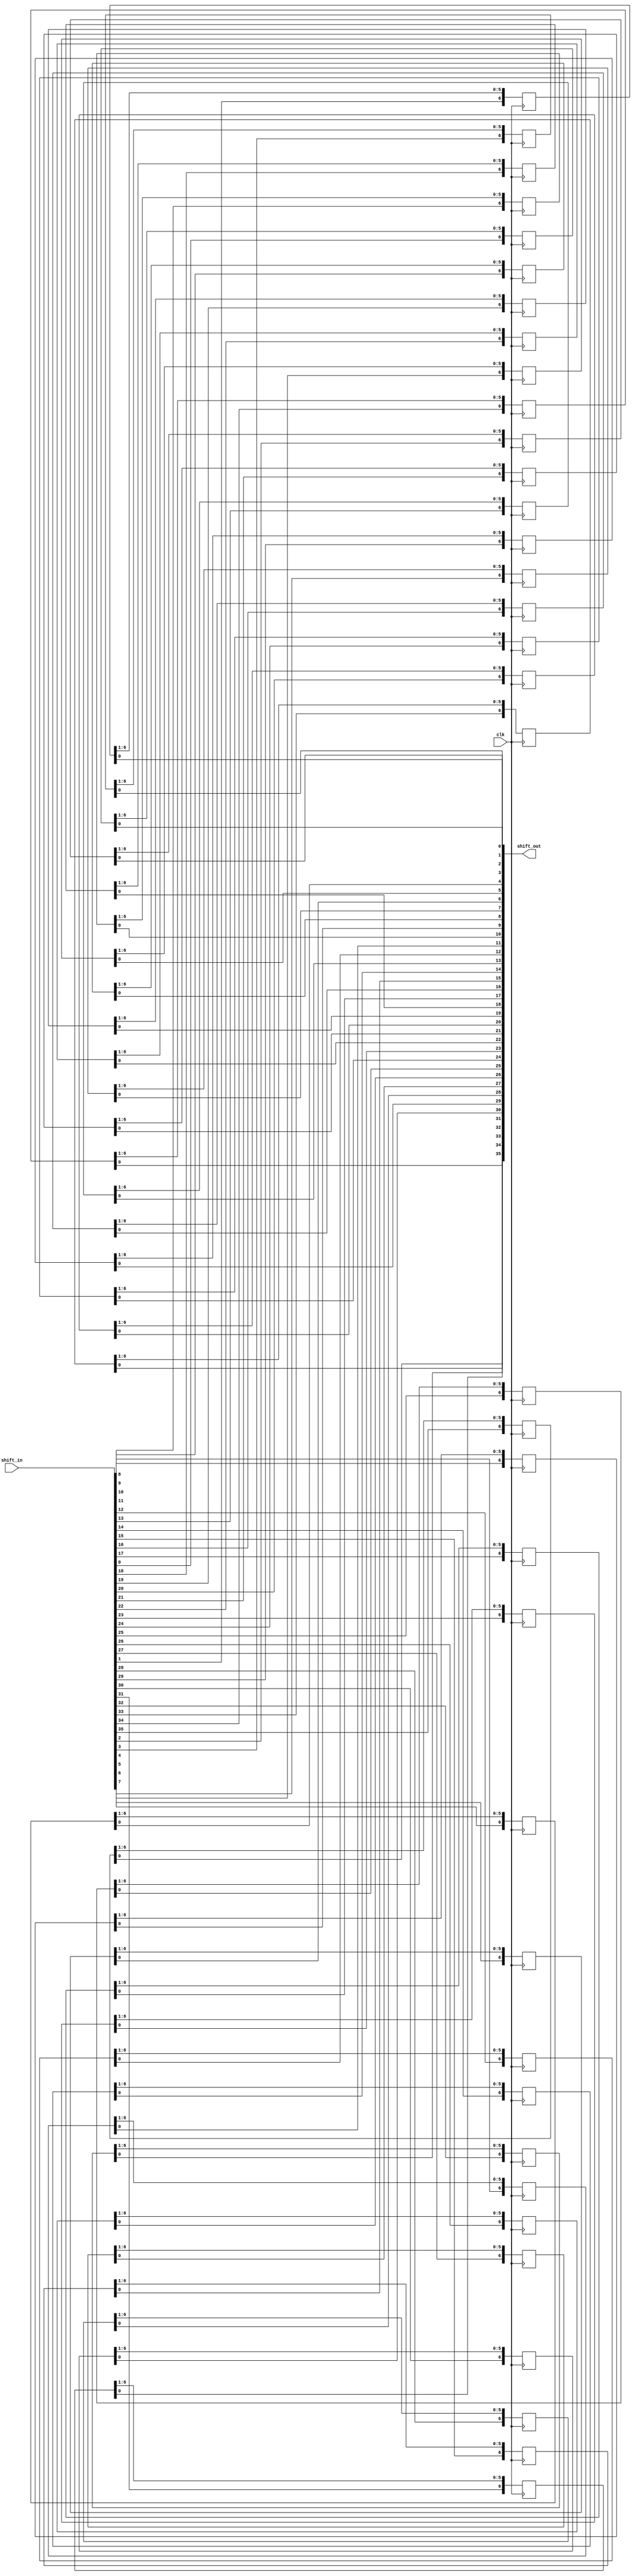
/*
Multibits Shift Register
2010-2011 sclai <laikos@yahoo.com>

This library is free software; you can redistribute it and/or modify it 
 under the terms of the GNU Lesser General Public License as published by 
 the Free Software Foundation; either version 2.1 of the License, 
 or (at your option) any later version.
 
 This library is distributed in the hope that it will be useful, but 
 WITHOUT ANY WARRANTY; without even the implied warranty of
 MERCHANTABILITY or FITNESS FOR A PARTICULAR PURPOSE. See the GNU
 Lesser General Public License for more details.
 
 You should have received a copy of the GNU Lesser General Public
 License along with this library; if not, write to the Free Software
 Foundation, Inc., 59 Temple Place, Suite 330, Boston, MA 02111-1307
 USA
*/
module ddr3_sr36 #(
parameter PIPE_LEN=7
)(
input wire        clk,
input wire [35:0] shift_in,
output wire [35:0]shift_out
);
//register to hold value
reg [PIPE_LEN-1:0] d0;
reg [PIPE_LEN-1:0] d1;
reg [PIPE_LEN-1:0] d2;
reg [PIPE_LEN-1:0] d3;
reg [PIPE_LEN-1:0] d4;
reg [PIPE_LEN-1:0] d5;
reg [PIPE_LEN-1:0] d6;
reg [PIPE_LEN-1:0] d7;
reg [PIPE_LEN-1:0] d8;
reg [PIPE_LEN-1:0] d9;
reg [PIPE_LEN-1:0] d10;
reg [PIPE_LEN-1:0] d11;
reg [PIPE_LEN-1:0] d12;
reg [PIPE_LEN-1:0] d13;
reg [PIPE_LEN-1:0] d14;
reg [PIPE_LEN-1:0] d15;
reg [PIPE_LEN-1:0] d16;
reg [PIPE_LEN-1:0] d17;
reg [PIPE_LEN-1:0] d18;
reg [PIPE_LEN-1:0] d19;
reg [PIPE_LEN-1:0] d20;
reg [PIPE_LEN-1:0] d21;
reg [PIPE_LEN-1:0] d22;
reg [PIPE_LEN-1:0] d23;
reg [PIPE_LEN-1:0] d24;
reg [PIPE_LEN-1:0] d25;
reg [PIPE_LEN-1:0] d26;
reg [PIPE_LEN-1:0] d27;
reg [PIPE_LEN-1:0] d28;
reg [PIPE_LEN-1:0] d29;
reg [PIPE_LEN-1:0] d30;
reg [PIPE_LEN-1:0] d31;
reg [PIPE_LEN-1:0] d32;
reg [PIPE_LEN-1:0] d33;
reg [PIPE_LEN-1:0] d34;
reg [PIPE_LEN-1:0] d35;
always @(posedge clk)
begin
  d35 <={shift_in[35],d35[PIPE_LEN-1:1]};
  d34 <={shift_in[34],d34[PIPE_LEN-1:1]};
  d33 <={shift_in[33],d33[PIPE_LEN-1:1]};
  d32 <={shift_in[32],d32[PIPE_LEN-1:1]};
  d31 <={shift_in[31],d31[PIPE_LEN-1:1]};
  d30 <={shift_in[30],d30[PIPE_LEN-1:1]};
  d29 <={shift_in[29],d29[PIPE_LEN-1:1]};
  d28 <={shift_in[28],d28[PIPE_LEN-1:1]};
  d27 <={shift_in[27],d27[PIPE_LEN-1:1]};
  d26 <={shift_in[26],d26[PIPE_LEN-1:1]};
  d25 <={shift_in[25],d25[PIPE_LEN-1:1]};
  d24 <={shift_in[24],d24[PIPE_LEN-1:1]};
  d23 <={shift_in[23],d23[PIPE_LEN-1:1]};
  d22 <={shift_in[22],d22[PIPE_LEN-1:1]};
  d21 <={shift_in[21],d21[PIPE_LEN-1:1]};
  d20 <={shift_in[20],d20[PIPE_LEN-1:1]};
  d19 <={shift_in[19],d19[PIPE_LEN-1:1]};
  d18 <={shift_in[18],d18[PIPE_LEN-1:1]};
  d17 <={shift_in[17],d17[PIPE_LEN-1:1]};
  d16 <={shift_in[16],d16[PIPE_LEN-1:1]};
  d15 <={shift_in[15],d15[PIPE_LEN-1:1]};
  d14 <={shift_in[14],d14[PIPE_LEN-1:1]};
  d13 <={shift_in[13],d13[PIPE_LEN-1:1]};
  d12 <={shift_in[12],d12[PIPE_LEN-1:1]};
  d11 <={shift_in[11],d11[PIPE_LEN-1:1]};
  d10 <={shift_in[10],d10[PIPE_LEN-1:1]};
  d9  <={shift_in[ 9], d9[PIPE_LEN-1:1]};
  d8  <={shift_in[ 8], d8[PIPE_LEN-1:1]};
  d7  <={shift_in[ 7], d7[PIPE_LEN-1:1]};
  d6  <={shift_in[ 6], d6[PIPE_LEN-1:1]};
  d5  <={shift_in[ 5], d5[PIPE_LEN-1:1]};
  d4  <={shift_in[ 4], d4[PIPE_LEN-1:1]};
  d3  <={shift_in[ 3], d3[PIPE_LEN-1:1]};
  d2  <={shift_in[ 2], d2[PIPE_LEN-1:1]};
  d1  <={shift_in[ 1], d1[PIPE_LEN-1:1]};
  d0  <={shift_in[ 0], d0[PIPE_LEN-1:1]};
end    
  
assign shift_out={d35[0],d34[0],d33[0],d32[0],
d31[0],d30[0],d29[0],d28[0],d27[0],d26[0],d25[0],d24[0],
d23[0],d22[0],d21[0],d20[0],d19[0],d18[0],d17[0],d16[0],
d15[0],d14[0],d13[0],d12[0],d11[0],d10[0],d9[0],d8[0],
d7[0],d6[0],d5[0],d4[0],d3[0],d2[0],d1[0],d0[0]
};
endmodule